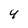
Character: 4